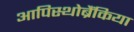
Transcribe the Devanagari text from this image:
आपिस्थोब्रैंकिया